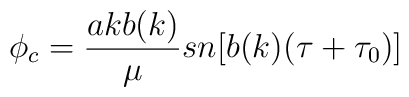
\phi_c=\frac{a kb(k)}{\mu}sn[b(k)(\tau+\tau_0)]